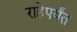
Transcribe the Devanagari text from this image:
राहेपर्यंत